Civil Veterinary Department Bihar reports 1936-40 - 1936-1940
Year: 1936
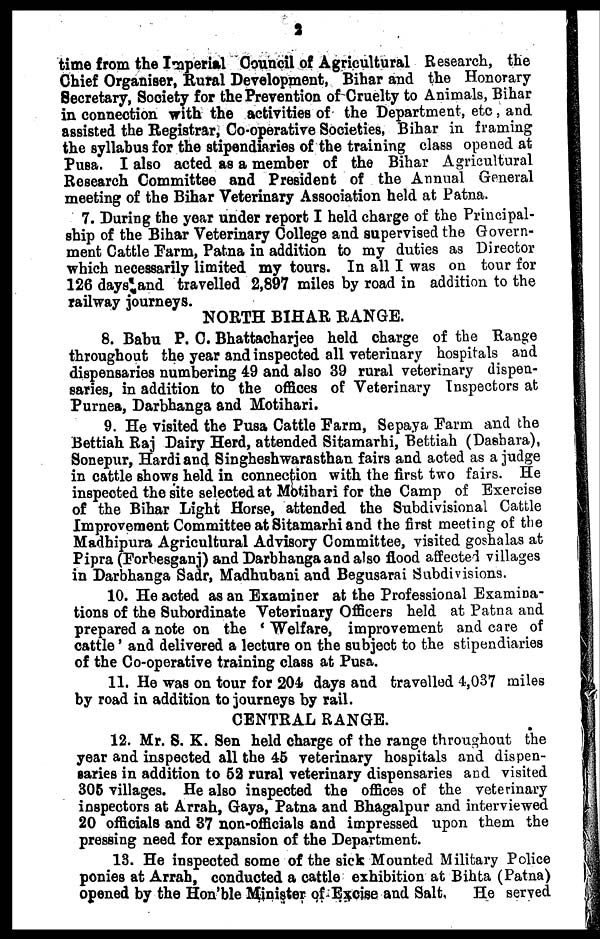
3
time from the Imperial Council of Agricultural Research, the
Chief Organiser, Rural Development, Bihar and the Honorary
Secretary, Society for the Prevention of Cruelty to Animals, Bihar
in connection with the activities of the Department, etc, and
assisted the Registrar, Co-operative Societies, Bihar in framing
the syllabus for the stipendiaries of the training class opened at
Pusa. I also acted as a member of the Bihar Agricultural
Research Committee and President of the Annual General
meeting of the Bihar Veterinary Association held at Patna.
7. During the year under report I held charge of the Principal-
ship of the Bihar Veterinary College and supervised the Govern-
ment Cattle Farm, Patna in addition to my duties as Director
which necessarily limited my tours. In all I was on tour for
126 days and travelled 2,897 miles by road in addition to the
railway journeys.
NORTH BIHAR RANGE.
8. Babu P. C. Bhattacharjee held charge of the Range
throughout the year and inspected all veterinary hospitals and
dispensaries numbering 49 and also 39 rural veterinary dispen-
saries, in addition to the offices of Veterinary Inspectors at
Purnea, Darbhanga and Motihari.
9. He visited the Pusa Cattle Farm, Sepaya Farm and the
Bettiah Raj Dairy Herd, attended Sitamarhi, Bettiah (Dashara),
Sonepur, Hardiand Singheshwarasthan fairs and acted as a judge
in cattle shows held in connection with the first two fairs. He
inspected the site selected at Motihari for the Camp of Exercise
of the Bihar Light Horse, attended the Subdivisional Cattle
Improvement Committee at Sitamarhi and the first meeting of the
Madhipura Agricultural Advisory Committee, visited goshalas at
Pipra (Forhesganj) and Darbhanga and also flood affected villages
in Darbhanga Sadr, Madhubani and Begusarai Subdivisions.
10. He acted as an Examiner at the Professional Examina-
tions of the Subordinate Veterinary Officers held at Patna and
prepared a note on the 'Welfare, improvement and care of
cattle' and delivered a lecture on the subject to the stipendiaries
of the Co-operative training class at Pusa.
11. He was on tour for 204 days and travelled 4,037 miles
by road in addition to journeys by rail.
CENTRAL RANGE.
12. Mr. S. K. Sen held charge of the range throughout the
year and inspected all the 45 veterinary hospitals and dispen-
saries in addition to 52 rural veterinary dispensaries and visited
305 villages. He also inspected the offices of the veterinary
inspectors at Arrah, Gaya, Patna and Bhagalpur and interviewed
20 officials and 37 non-officials and impressed upon them the
pressing need for expansion of the Department.
13. He inspected some of the sick Mounted Military Police
ponies at Arrah, conducted a cattle exhibition at Bihta (Patna)
opened by the Hon'ble Minister of Excise and Salt,
He served